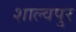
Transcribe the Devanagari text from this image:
शाल्वपुर